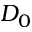
D _ { 0 }